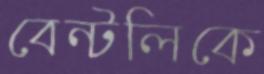
বেন্টলিকে